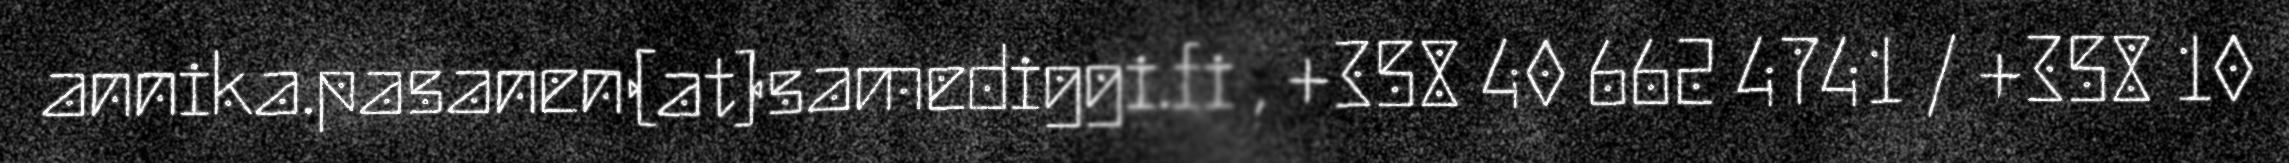
annika.pasanen(at)samediggi.fi , +358 40 662 4741 / +358 10